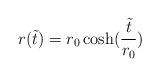
LaTeX: \begin{align*} r(\tilde t)=r_0 \cosh (\frac{\tilde t}{r_0})\end{align*}